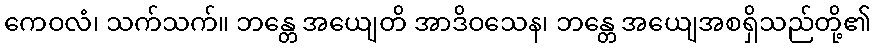
ကေဝလံ၊ သက်သက်။ ဘန္တေ အယျေတိ အာဒိဝသေန၊ ဘန္တေ အယျေအစရှိသည်တို့၏